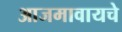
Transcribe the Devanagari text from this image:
आजमावायचे